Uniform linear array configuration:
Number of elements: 8
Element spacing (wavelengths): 0.25
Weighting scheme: exponential
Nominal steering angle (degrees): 0
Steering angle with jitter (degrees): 1.539
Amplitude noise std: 0.05
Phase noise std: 0.05

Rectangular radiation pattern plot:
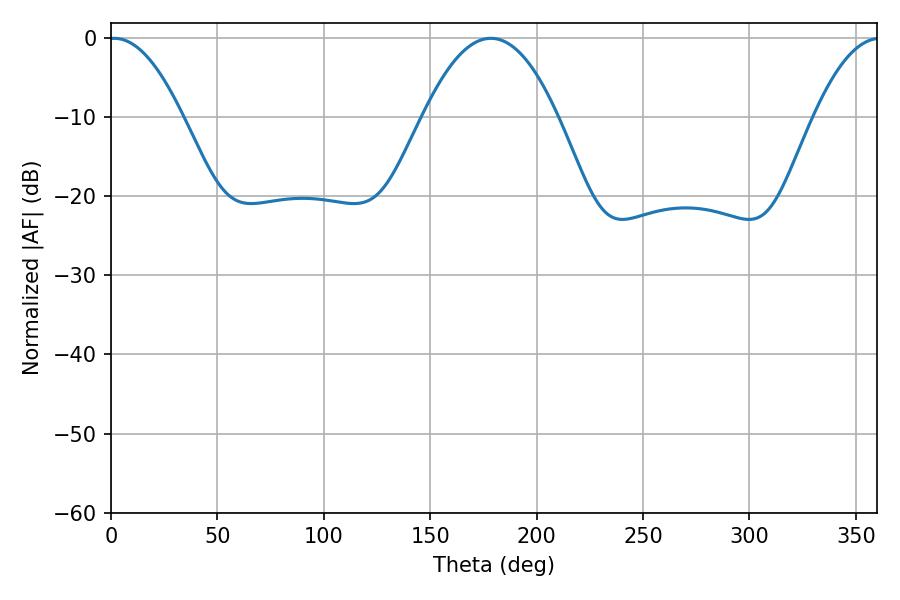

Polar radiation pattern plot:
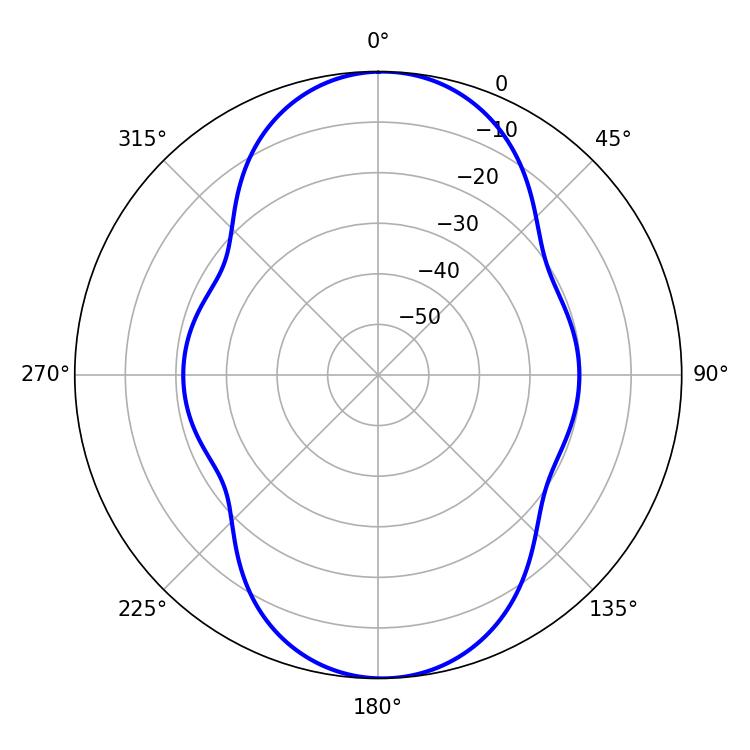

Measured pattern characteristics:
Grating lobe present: FALSE
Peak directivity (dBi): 16.684
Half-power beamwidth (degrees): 19.08
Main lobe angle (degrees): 1.44